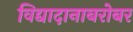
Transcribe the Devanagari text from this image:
विद्यादानाबरोबर